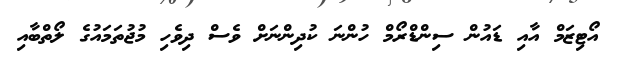
އޯޓިޒަމް އާއި ޑައުން ސިންޑްރޯމް ހުންނަ ކުދިންނަށް ވެސް ދިވެހި މުޖުތަމައުގެ ލޯތްބާއި